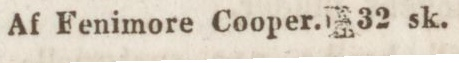
Af Fenimore Cooper. 32 sk.